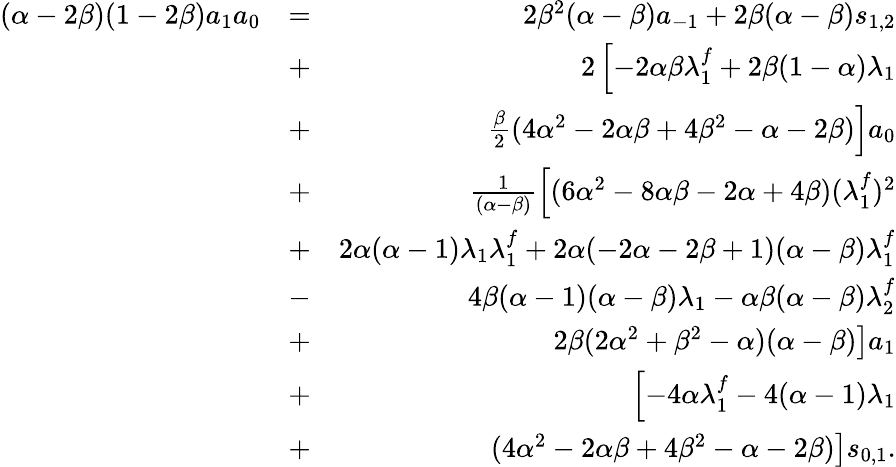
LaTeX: \begin{array}{rlr}{(\alpha-2\beta)(1-2\beta)a_{1}a_{0}}&{=}&{2\beta^{2}(\alpha-\beta)a_{-1}+2\beta(\alpha-\beta)s_{1,2}}\\ &{+}&{2\left[-2\alpha\beta\lambda_{1}^{f}+2\beta(1-\alpha)\lambda_{1}\right.}\\ &{+}&{\left.\frac{\beta}{2}(4\alpha^{2}-2\alpha\beta+4\beta^{2}-\alpha-2\beta)\right]a_{0}}\\ &{+}&{\frac{1}{(\alpha-\beta)}\left[(6\alpha^{2}-8\alpha\beta-2\alpha+4\beta)(\lambda_{1}^{f})^{2}\right.}\\ &{+}&{\left.2\alpha(\alpha-1)\lambda_{1}\lambda_{1}^{f}+2\alpha(-2\alpha-2\beta+1)(\alpha-\beta)\lambda_{1}^{f}\right.}\\ &{-}&{\left.4\beta(\alpha-1)(\alpha-\beta)\lambda_{1}-\alpha\beta(\alpha-\beta)\lambda_{2}^{f}\right.}\\ &{+}&{\left.2\beta(2\alpha^{2}+\beta^{2}-\alpha)(\alpha-\beta)\right]a_{1}}\\ &{+}&{\left[-4\alpha\lambda_{1}^{f}-4(\alpha-1)\lambda_{1}\right.}\\ &{+}&{\left.(4\alpha^{2}-2\alpha\beta+4\beta^{2}-\alpha-2\beta)\right]s_{0,1}.}\end{array}